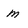
Character: m